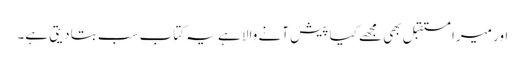
اور میرا مستقبل بھی مجھے کیا پیش آنے والا ہے یہ کتاب سب بتا دیتی ہے۔